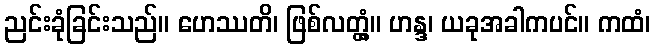
ညင်းခုံခြင်းသည်။ ဟေဿတိ၊ ဖြစ်လတ္တံ့။ ဟန္ဒ၊ ယခုအခါကပင်။ ကထံ၊